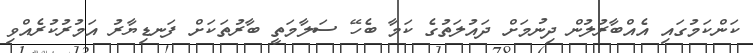
ކަންކަމުގައި އެއްބާރުލުން ދިނުމަށް ދައުލަތުގެ ކަމާ ބެހޭ ސަލާމަތީ ބާރުތަކަށް ފަނޑިޔާރު އަމުރުކުރެއްވި